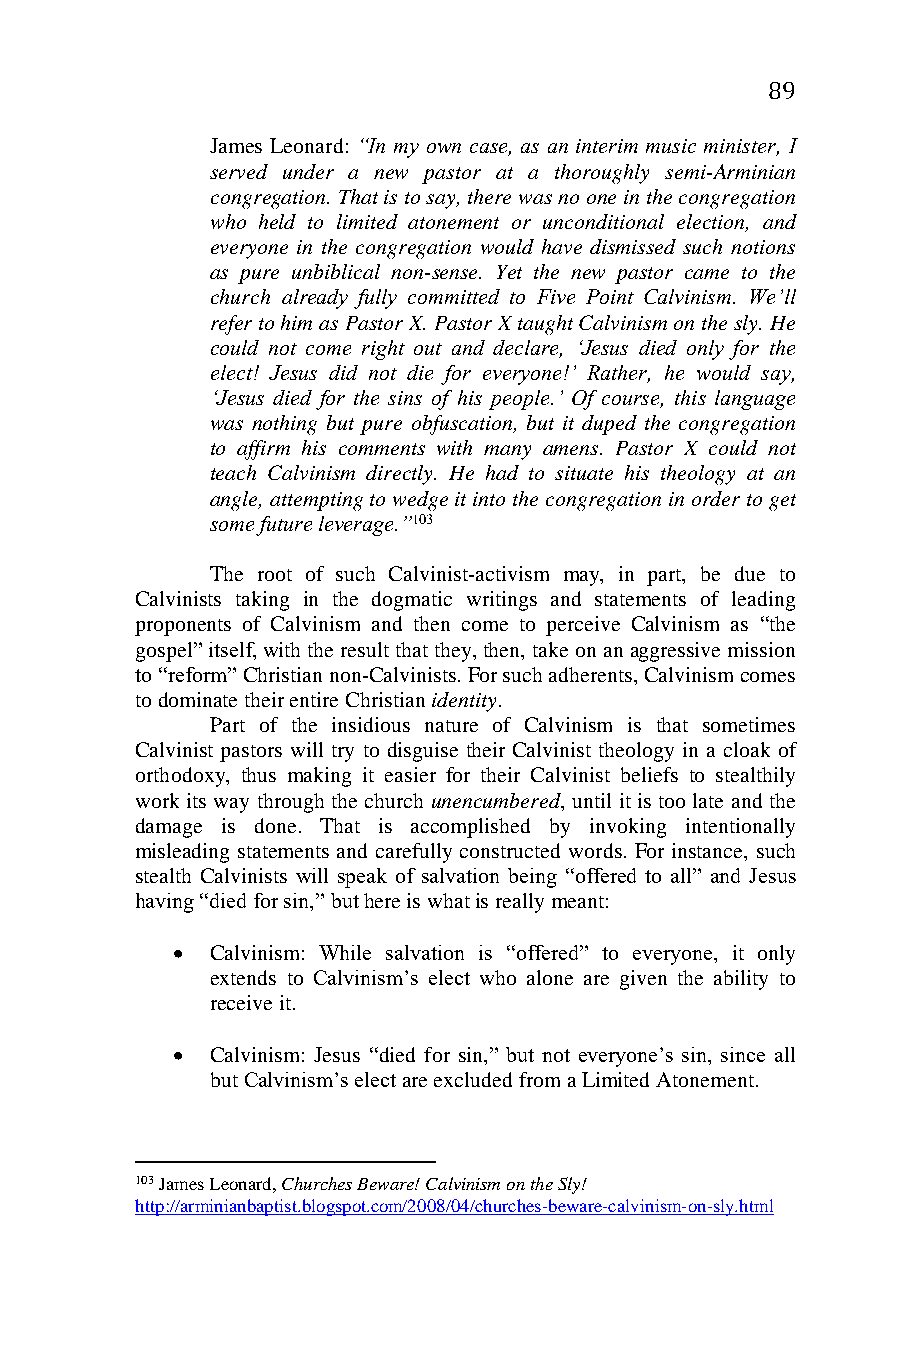
89
 James Leonard: “In my own case, as an interim music minister, I
 served under a new pastor at a thoroughly semi-Arminian
 congregation. That is to say, there was no one in the congregation
 who held to limited atonement or unconditional election, and
 everyone in the congregation would have dismissed such notions
 as pure unbiblical non-sense. Yet the new pastor came to the
 church already fully committed to Five Point Calvinism. We’ll
 refer to him as Pastor X. Pastor X taught Calvinism on the sly. He
 could not come right out and declare, ‘Jesus died only for the
 elect! Jesus did not die for everyone!’ Rather, he would say,
 ‘Jesus died for the sins of his people.’ Of course, this language
 was nothing but pure obfuscation, but it duped the congregation
 to affirm his comments with many amens. Pastor X could not
 teach Calvinism directly. He had to situate his theology at an
 angle, attempting to wedge it into the congregation in order to get
 some future leverage.”103
 The root of such Calvinist-activism may, in part, be due to
 Calvinists taking in the dogmatic writings and statements of leading
 proponents of Calvinism and then come to perceive Calvinism as “the
 gospel” itself, with the result that they, then, take on an aggressive mission
 to “reform” Christian non-Calvinists. For such adherents, Calvinism comes
 to dominate their entire Christian identity.
 Part of the insidious nature of Calvinism is that sometimes
 Calvinist pastors will try to disguise their Calvinist theology in a cloak of
 orthodoxy, thus making it easier for their Calvinist beliefs to stealthily
 work its way through the church unencumbered, until it is too late and the
 damage is done. That is accomplished by invoking intentionally
 misleading statements and carefully constructed words. For instance, such
 stealth Calvinists will speak of salvation being “offered to all” and Jesus
 having “died for sin,” but here is what is really meant:
   Calvinism: While salvation is “offered” to everyone, it only
 extends to Calvinism’s elect who alone are given the ability to
 receive it.
   Calvinism: Jesus “died for sin,” but not everyone’s sin, since all
 but Calvinism’s elect are excluded from a Limited Atonement.
 103 James Leonard, Churches Beware! Calvinism on the Sly!
 http://arminianbaptist.blogspot.com/2008/04/churches-beware-calvinism-on-sly.html